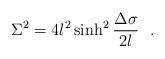
LaTeX: \begin{align*}\Sigma^2=4l^2\sinh^2{\Delta \sigma \over 2l}~~.\end{align*}